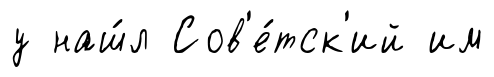
у наш́л Сов'е́тск'ий им